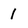
Character: 1